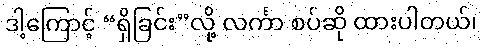
ဒါ့ကြောင့် “ရှိခြင်း”လို့ လင်္ကာ စပ်ဆို ထားပါတယ်၊